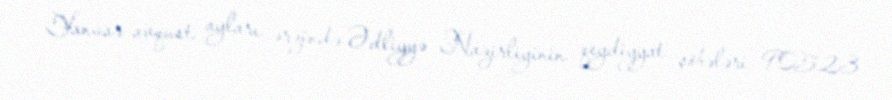
Yanvar-avqust ayları ərzində Ədliyyə Nazirliyinin qeydiyyat şöbələri 90523